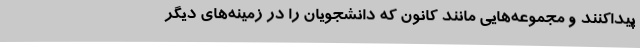
پیداکنند و مجموعه‌هایی مانند کانون که دانشجویان را در زمینه‌های دیگر